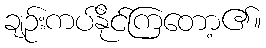
ချဉ်းကပ်နိုင်ကြတော့၏။